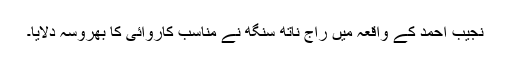
نجیب احمد کے واقعہ میں راج ناتھ سنگھ نے مناسب کاروائی کا بھروسہ دلایا۔